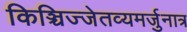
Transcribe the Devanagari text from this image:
किञ्चिज्जेतव्यमर्जुनात्र